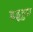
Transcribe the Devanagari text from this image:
डड्ढड्डद्म